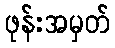
ဖုန်းအမှတ်